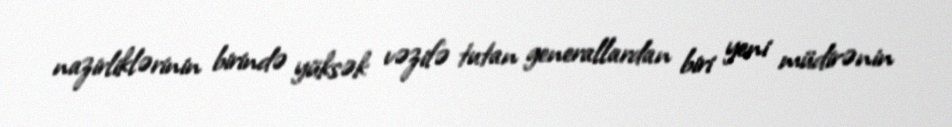
nazirliklərinin birində yüksək vəzifə tutan generallardan biri yeni müdirənin